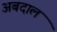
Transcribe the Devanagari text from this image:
अबदाल